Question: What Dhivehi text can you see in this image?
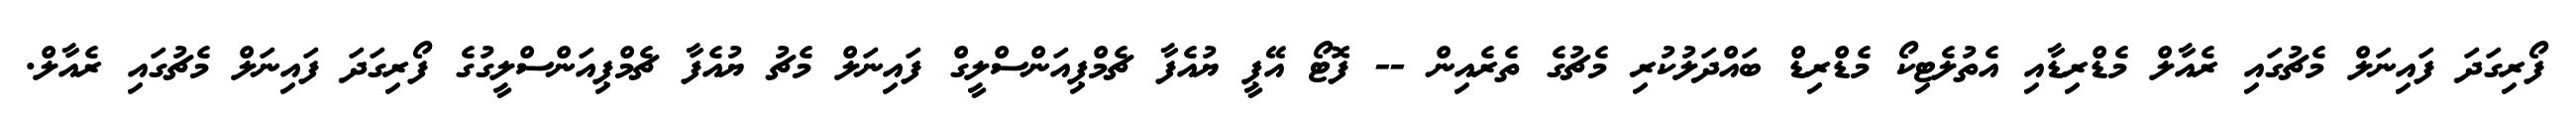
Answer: ފޯރިގަދަ ފައިނަލް މެޗުގައި ރެއާލް މެޑްރިޑާއި އެތުލެޓިކޯ މެޑްރިޑް ބައްދަލުކުރި މެޗުގެ ތެރެއިން -- ފޮޓޯ އޭޕީ ޔުއެފާ ޗެމްޕިއަންސްލީގް ފައިނަލް މެޗު ޔުއެފާ ޗެމްޕިއަންސްލީގުގެ ފޯރިގަދަ ފައިނަލް މެޗުގައި ރެއާލް.